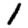
Digit: 1